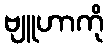
ဗျူဟာကို